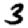
Digit: 3